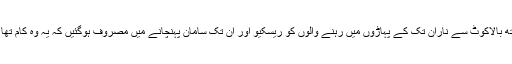
زلزلے کے دنوں میں امدادی ٹیموں کے ساتھ بالاکوٹ سے ناران تک کے پہاڑوں میں رہنے والوں کو ریسکیو اور ان تک سامان پہنچانے میں مصروف ہوگئیں کہ یہ وہ کام تھا جو ایک تجربہ کار ٹریکر ہی کر سکتا تھا۔